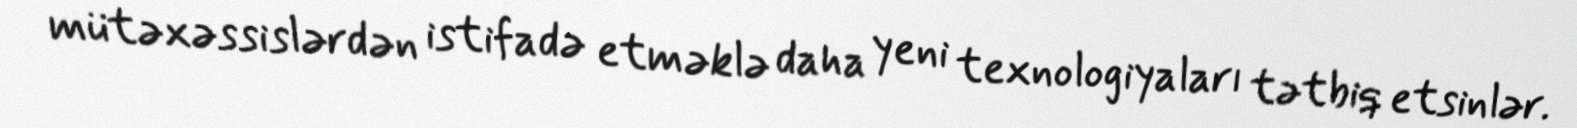
mütəxəssislərdən istifadə etməklə daha yeni texnologiyaları tətbiq etsinlər.